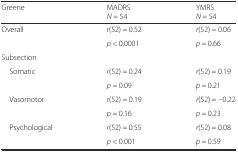
<table><thead><tr><td><b>Greene</b></td><td><b>MADRS <i>N</i> = 54</b></td><td><b>YMRS <i>N</i> = 54</b></td></tr></thead><tbody><tr><td rowspan="2">Overall</td><td><i>r</i>(52) = 0.52</td><td><i>r</i>(52) = 0.06</td></tr><tr><td><i>p</i> &lt; 0.0001</td><td><i>p</i> = 0.66</td></tr><tr><td>Subsection</td><td></td><td></td></tr><tr><td rowspan="2"> Somatic</td><td><i>r</i>(52) = 0.24</td><td><i>r</i>(52) = 0.19</td></tr><tr><td><i>p =</i> 0.09</td><td><i>p</i> = 0.21</td></tr><tr><td rowspan="2"> Vasomotor</td><td><i>r</i>(52) = 0.19</td><td><i>r</i>(52) = −0.22</td></tr><tr><td><i>p</i> = 0.16</td><td><i>p</i> = 0.23</td></tr><tr><td rowspan="2"> Psychological</td><td><i>r</i>(52) = 0.55</td><td><i>r</i>(52) = 0.08</td></tr><tr><td><i>p</i> &lt; 0.001</td><td><i>p</i> = 0.59</td></tr></tbody></table>